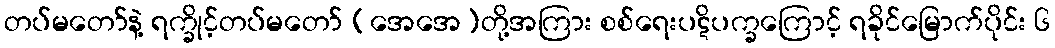
တပ်မတော်နဲ့ ရက္ခိုင့်တပ်မတော် (အေအေ)တို့အကြား စစ်ရေးပဋိပက္ခကြောင့် ရခိုင်မြောက်ပိုင်း ၆